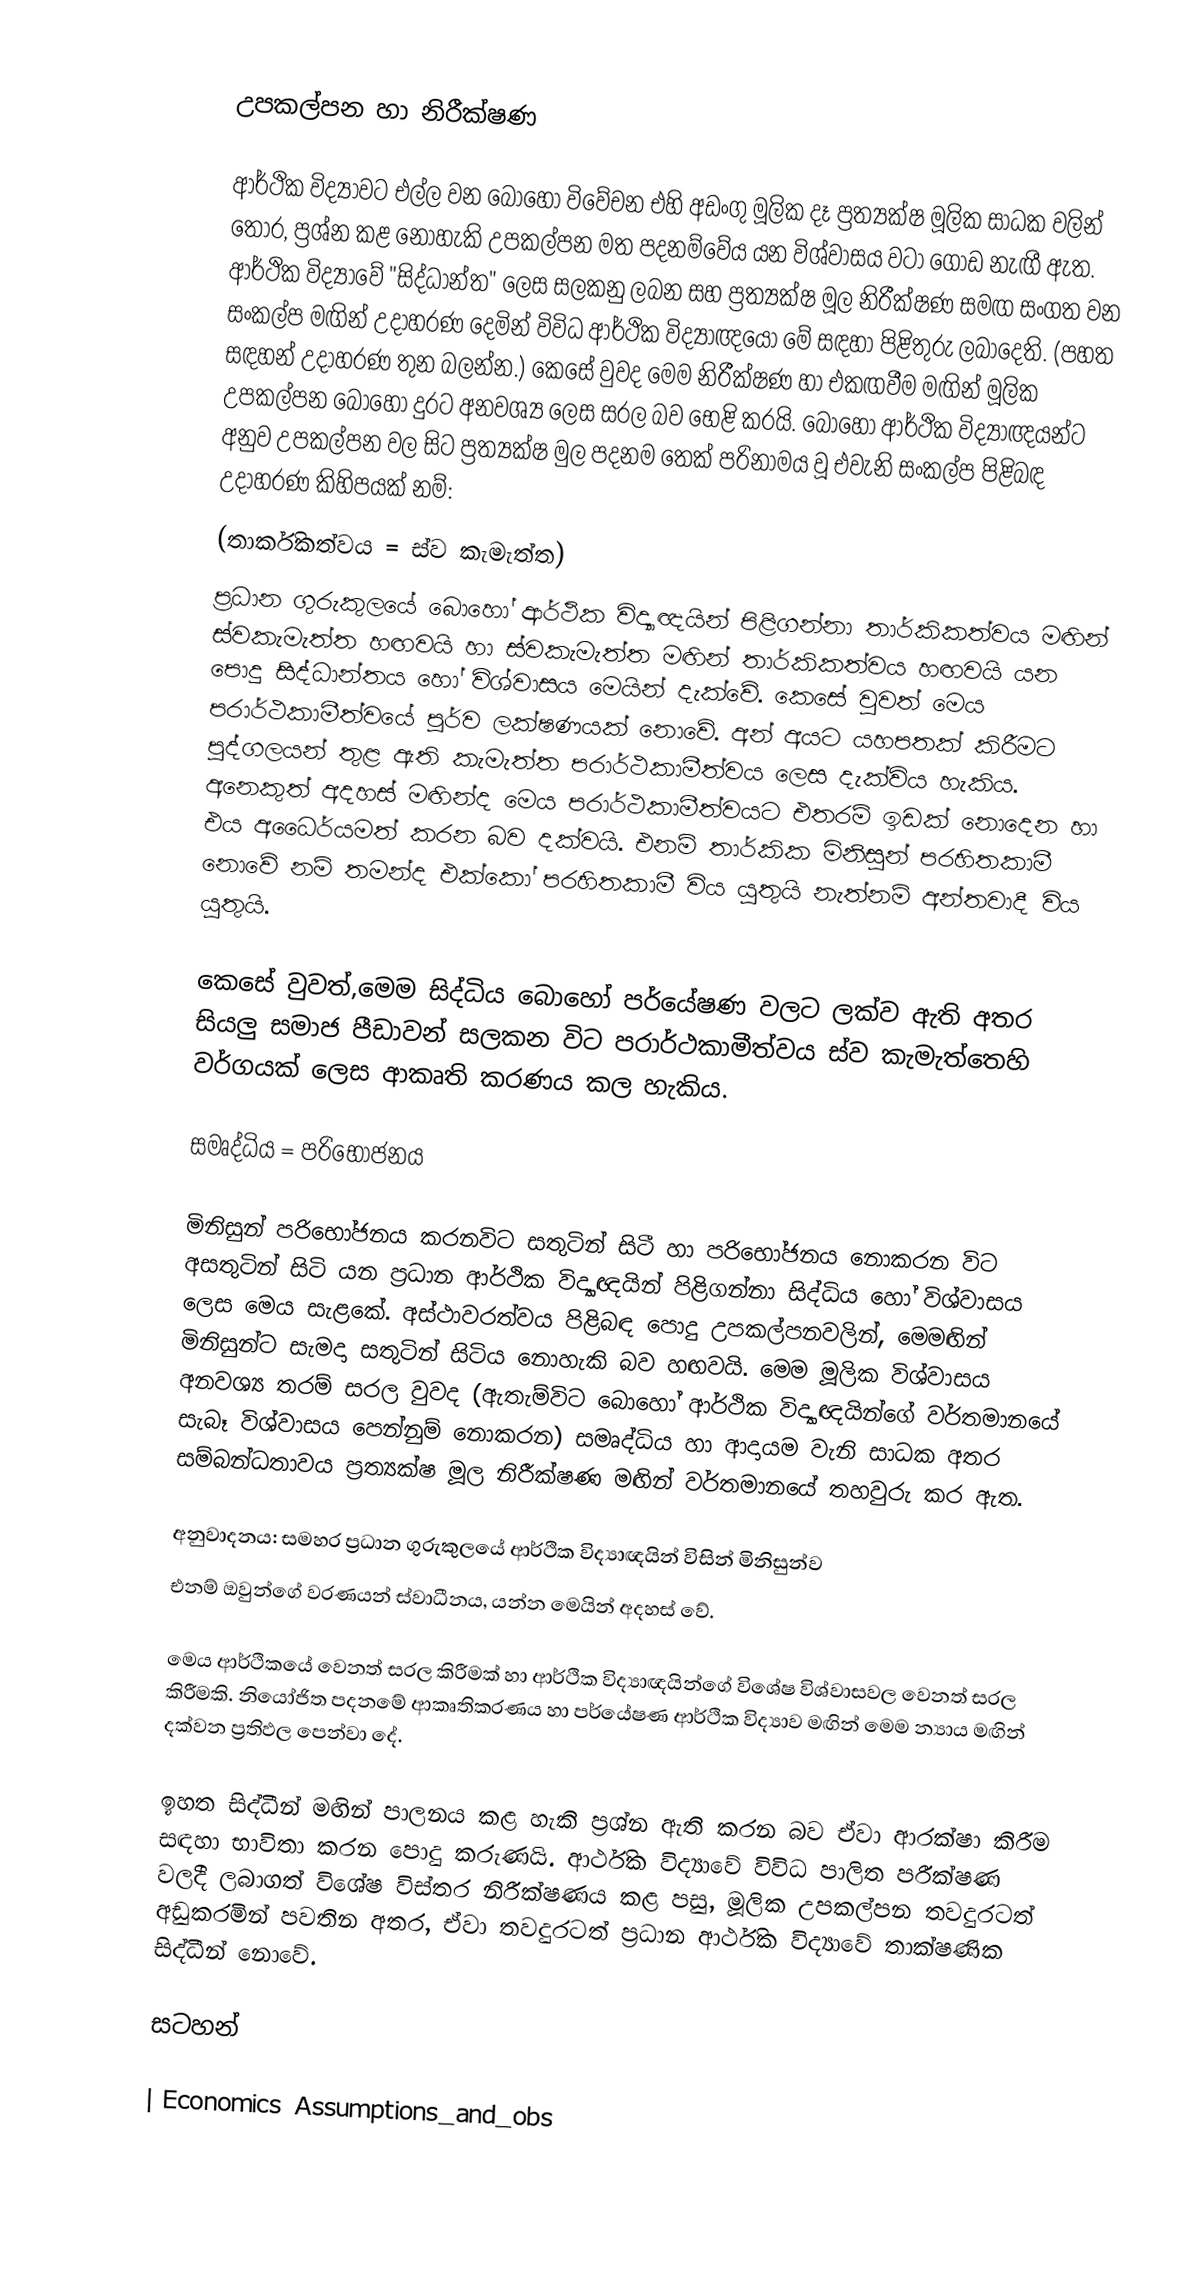

උපකල්පන හා නිරීක්ෂණ

ආර්ථික විද්‍යාවට එල්ල වන බොහෝ විවේචන එහි අඩංගු මූලික දෑ ප්‍රත්‍යක්ෂ මූලික සාධක වලින් තොර, ප්‍රශ්න කළ නොහැකි උපකල්පන මත පදනම්වේය යන විශ්වාසය වටා ගොඩ නැඟී ඇත. ආර්ථික විද්‍යාවේ "සිද්ධාන්ත" ලෙස සලකනු ලබන සහ ප්‍රත්‍යක්ෂ මූල නිරීක්ෂණ සමඟ සංගත වන සංකල්ප මඟින් උදාහරණ දෙමින් විවිධ ආර්ථික විද්‍යාඥයෝ මේ සඳහා පිළිතුරු ලබාදෙති. (පහත සඳහන් උදාහරණ තුන බලන්න.) කෙසේ වුවද මෙම නිරීක්ෂණ හා එකඟවීම මඟින් මූලික උපකල්පන බොහෝ දුරට අනවශ්‍ය ලෙස සරල බව භෙළි කරයි. බොහෝ ආර්ථික විද්‍යාඥයන්ට අනුව උපකල්පන වල සිට ප්‍රත්‍යක්ෂ මුල පදනම තෙක් පරිනාමය වූ එවැනි සංකල්ප පිළිබඳ උදාහරණ කිහිපයක් නම්:
(තාර්කිකත්වය = ස්ව කැමැත්ත)
ප්‍රධාන ගුරුකුලයේ බොහෝ ආර්ථික විද්‍යාඥයින් පිළිගන්නා තාර්කිකත්වය මඟින් ස්වකැමැත්ත හඟවයි හා ස්වකැමැත්ත මඟින් තාර්කිකත්වය හඟවයි යන පොදු සිද්ධාන්තය හෝ විශ්වාසය මෙයින් දැක්වේ. කෙසේ වුවත් මෙය පරාර්ථකාමීත්වයේ පූර්ව ලක්ෂණයක් නොවේ. අන් අයට යහපතක් කිරීමට පුද්ගලයන් තුළ ඇති කැමැත්ත පරාර්ථකාමීත්වය ලෙස දැක්විය හැකිය. අනෙකුත් අදහස් මඟින්ද මෙය පරාර්ථකාමීත්වයට එතරම් ඉඩක් නොදෙන හා එය අධෛර්යමත් කරන බව දක්වයි. එනම් තාර්කික මිනිසුන් පරහිතකාමී නොවේ නම් තමන්ද එක්කෝ පරහිතකාමී විය යුතුයි නැත්නම් අන්තවාදී විය යුතුයි.

කෙසේ වුවත්,මෙම සිද්ධිය බොහෝ පර්යේෂණ වලට ලක්ව ඇති අතර සියලු සමාජ පීඩාවන් සලකන විට පරාර්ථකාමීත්වය ස්ව කැමැත්තෙහි වර්ගයක් ලෙස ආකෘති කරණය කල හැකිය.

සමෘද්ධිය = පරිභෝජනය

මිනිසුන් පරිභෝජනය කරනවිට සතුටින් සිටී හා පරිභෝජනය නොකරන විට අසතුටින් සිටි යන ප්‍රධාන ආර්ථික විද්‍යාඥයින් පිළිගන්නා සිද්ධිය හෝ විශ්වාසය ලෙස මෙය සැළකේ. අස්ථාවරත්වය පිළිබඳ පොදු උපකල්පනවලින්, මෙමඟින් මිනිසුන්ට සැමදා සතුටින් සිටිය නොහැකි බව හඟවයි.  මෙම මූලික විශ්වාසය අනවශ්‍ය තරම් සරල  වුවද (ඇතැම්විට බොහෝ ආර්ථික විද්‍යාඥයින්ගේ වර්තමානයේ සැබෑ විශ්වාසය පෙන්නුම් නොකරන) සමෘද්ධිය හා ආදායම වැනි සාධක අතර සම්බන්ධතාවය ප්‍රත්‍යක්ෂ මූල නිරීක්ෂණ මඟින් වර්තමානයේ තහවුරු කර ඇත.

අනුවාදනය: සමහර ප්‍රධාන ගුරුකුලයේ ආර්ථික විද්‍යාඥයින් විසින් මිනිසුන්ව
එනම් ඔවුන්ගේ වරණයන් ස්වාධීනය, යන්න මෙයින් අදහස් වේ.

මෙය ආර්ථිකයේ වෙනත් සරල කිරීමක් හා ආර්ථික විද්‍යාඥයින්ගේ විශේෂ විශ්වාසවල වෙනත් සරල කිරීමකි. නියෝජිත පදනමේ ආකෘතිකරණය හා පර්යේෂණ ආර්ථික විද්‍යාව මඟින් මෙම න්‍යාය මඟින් දක්වන ප්‍රතිඵල පෙන්වා දේ.

ඉහත සිද්ධීන් මඟින් පාලනය කළ හැකි ප්‍රශ්න ඇති කරන බව ඒවා ආරක්ෂා කිරීම සඳහා භාවිතා කරන පොදු කරුණයි. ආර්ථික විද්‍යාවේ විවිධ පාලිත පරීක්ෂණ වලදී ලබාගත් විශේෂ විස්තර නිරීක්ෂණය කළ පසු, මූලික උපකල්පන තවදුරටත් අඩුකරමින් පවතින අතර, ඒවා තවදුරටත් ප්‍රධාන ආර්ථික විද්‍යාවේ තාක්ෂණික සිද්ධීන් නොවේ.

සටහන්

| Economics Assumptions_and_obs